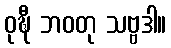
ဝုဍ္ဎီ ဘဝတု သဗ္ဗဒါ။